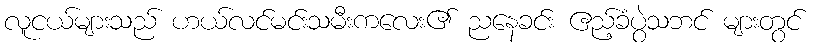
လူငယ်များသည် ဟယ်လင်မင်းသမီးကလေး၏ ညနေခင်း ဧည့်ခံပွဲသဘင် များတွင်